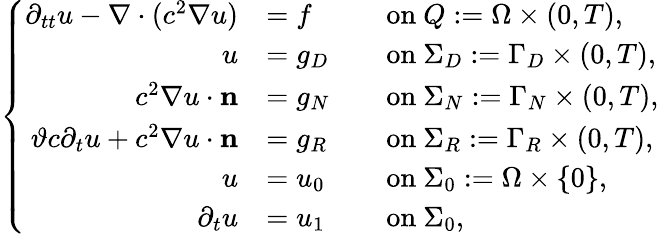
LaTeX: \left\{ \begin{array}{ll}{\begin{array}{rlrl}{\partial_{tt}u-\nabla\cdot(c^{2}\nabla u)}&{=f}&&{\mathrm{on~}Q:=\Omega\times(0,T),}\\ {u}&{=g_{D}}&&{\mathrm{on~}\Sigma_{D}:=\Gamma_{D}\times(0,T),}\\ {c^{2}\nabla u\cdot\mathbf{n}}&{=g_{N}}&&{\mathrm{on~}\Sigma_{N}:=\Gamma_{N}\times(0,T),}\\ {{\vartheta c\partial_{t}u+c^{2}\nabla u\cdot\mathbf{n}}}&{=g_{R}}&&{\mathrm{on~}\Sigma_{R}:=\Gamma_{R}\times(0,T),}\\ {u}&{=u_{0}}&&{\mathrm{on~}\Sigma_{0}:=\Omega\times\{ 0\} ,}\\ {\partial_{t}u}&{=u_{1}}&&{\mathrm{on~}\Sigma_{0},}\end{array}}\end{array}\right.